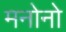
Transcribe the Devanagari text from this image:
मनोनो